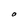
Character: O